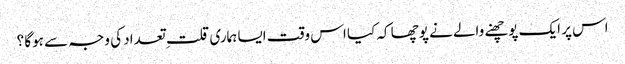
اس پر ایک پوچھنے والے نے پوچھا کہ کیا اس وقت ایسا ہماری قلت ِ تعداد کی وجہ سے ہوگا ؟